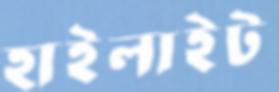
হাইলাইট